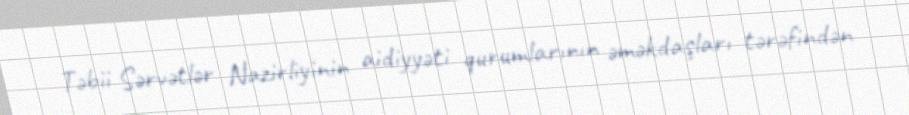
Təbii Sərvətlər Nazirliyinin aidiyyəti qurumlarının əməkdaşları tərəfindən